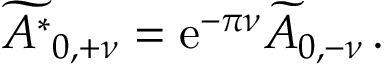
\widetilde { A ^ { * } } _ { 0 , + \nu } = \mathrm { e } ^ { - \pi \nu } \widetilde { A } _ { 0 , - \nu } \, .